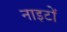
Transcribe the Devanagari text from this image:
नाइटों